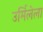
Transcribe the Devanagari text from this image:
उर्मिलेला